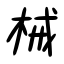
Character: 械